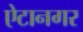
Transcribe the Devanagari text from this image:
ऐटानगर